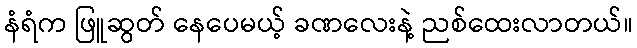
နံရံက ဖြူဆွတ် နေပေမယ့် ခဏလေးနဲ့ ညစ်ထေးလာတယ်။